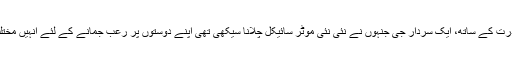
پنجابی بھائیوں سے معذرت کے ساتھ، ایک سردار جی جنہوں نے نئی نئی موٹر سائیکل چلانا سیکھی تھی اپنے دوستوں پر رعب جمانے کے لئے انہیں مختلف کرتب دکھاتے تھے۔